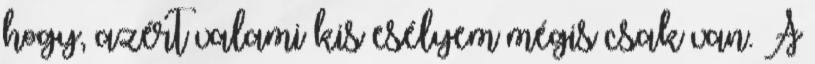
hogy, azért valami kis esélyem mégis csak van. A